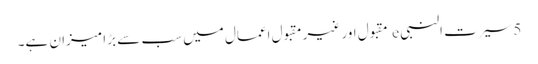
5 سیرت النبی e مقبول اور غیر مقبول اعمال میں سب سے بڑا میزان ہے۔